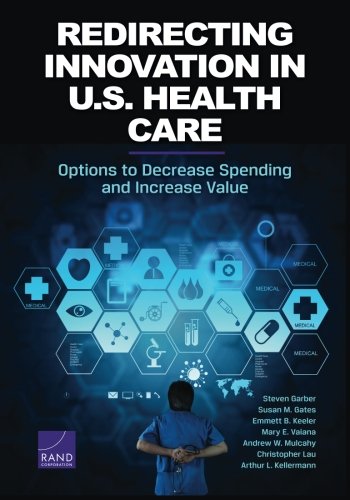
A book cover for Redirecting Innovation in U.S. Health Care: Options to Decrease Spending and Increase Value; Steven Garber; Medical Books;